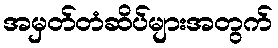
အမှတ်တံဆိပ်များအတွက်